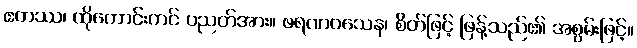
ဧတဿ၊ ထိုကောင်းကင် ပညတ်အား။ ဖရဏဝသေန၊ စိတ်ဖြင့် ဖြန့်သည်၏ အစွမ်းဖြင့်။